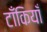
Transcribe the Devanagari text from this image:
टाँकियाँ